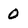
Character: 0